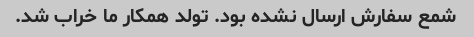
شمع سفارش ارسال نشده بود. تولد همکار ما خراب شد.